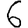
Digit: 6